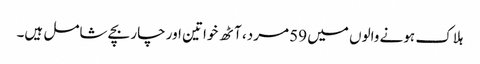
ہلاک ہونے والوں میں 59 مرد، آٹھ خواتین اور چار بچے شامل ہیں۔